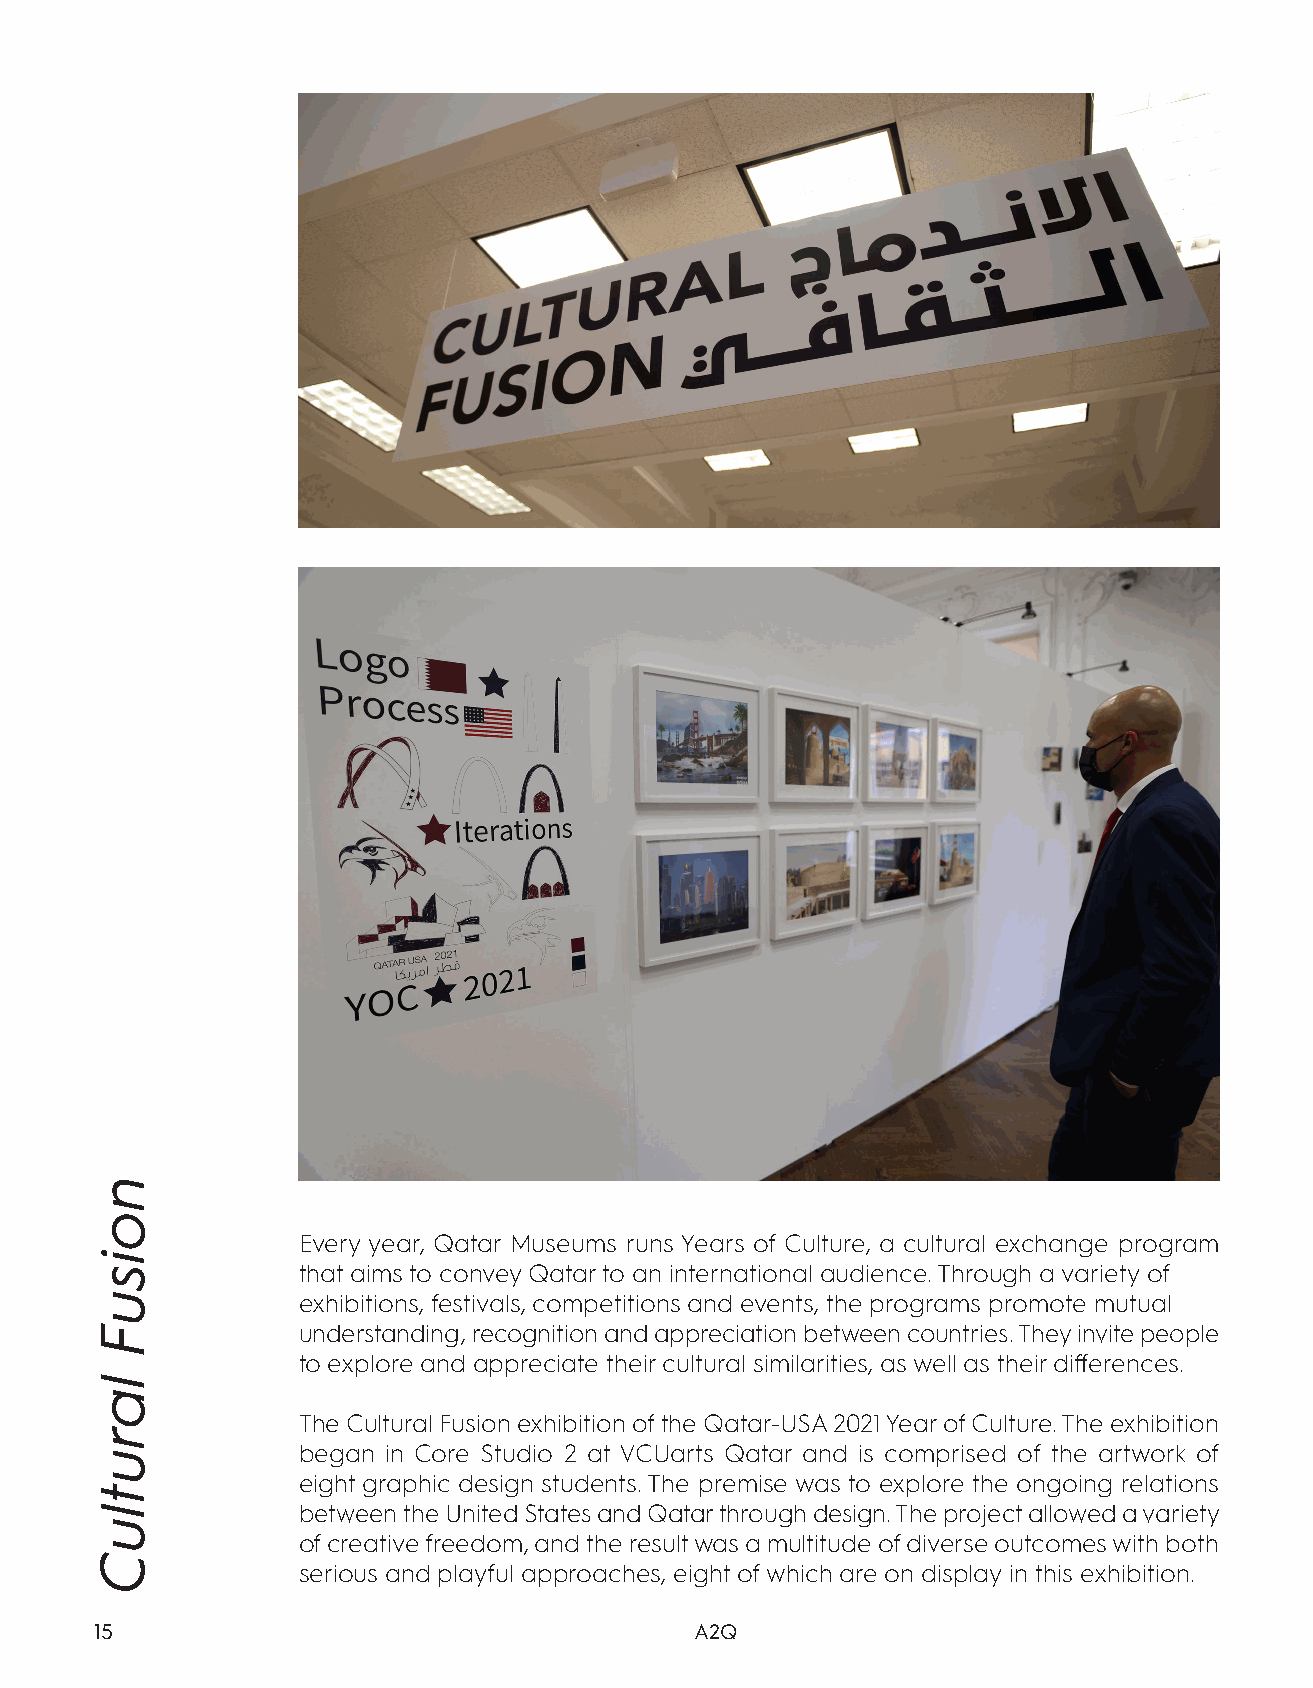
Every year, Qatar Museums runs Years of Culture, a cultural exchange program
 that aims to convey Qatar to an international audience. Through a variety of
 exhibitions, festivals, competitions and events, the programs promote mutual
 understanding, recognition and appreciation between countries. They invite people
 to explore and appreciate their cultural similarities, as well as their differences.
 The Cultural Fusion exhibition of the Qatar-USA 2021 Year of Culture. The exhibition
 began in Core Studio 2 at VCUarts Qatar and is comprised of the artwork of
 eight graphic design students. The premise was to explore the ongoing relations
 between the United States and Qatar through design. The project allowed a variety
 of creative freedom, and the result was a multitude of diverse outcomes with both
 serious and playful approaches, eight of which are on display in this exhibition.
 15                                      A2Q
 noisuF
 larutluC